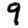
Digit: 9